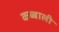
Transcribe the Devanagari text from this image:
कब्बाली